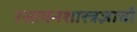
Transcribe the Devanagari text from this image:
रसायनशास्त्रज्ञाची